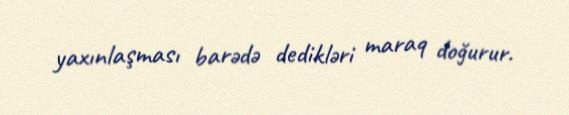
yaxınlaşması barədə dedikləri maraq doğurur.